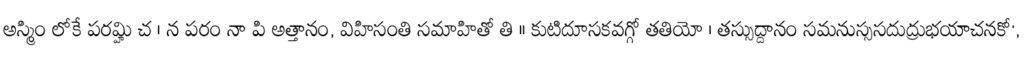
అస్మిం లోకే పరమ్హి చ । న పరం నా పి అత్తానం, విహిసంతి సమాహితో తి ॥ కుటిదూసకవగ్గో తతియో । తస్సుద్దానం సమనుస్ససదుద్రుభయాచనకో',